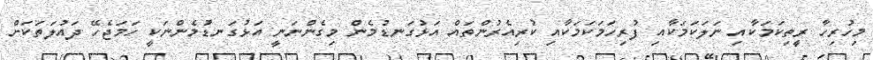
މިހުރިހާ ރީތިކަމަކާއި ނަލަކަމަކާއި ފުރިހަމަކަމަކާއި ކުރިއެރުންތައް އަޅުގަނޑުމެން މިގެންނަނީ އަޅުގަނޑުމެންނަކީ ހަމަޖެހޭ ދައުލަތަކަށް